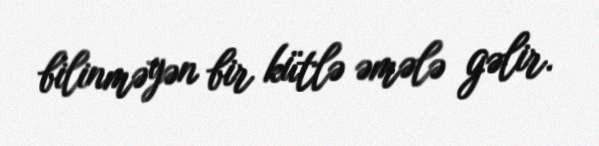
bilinməyən bir kütlə əmələ gəlir.